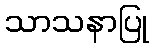
သာသနာပြု